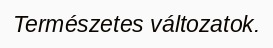
Természetes változatok.